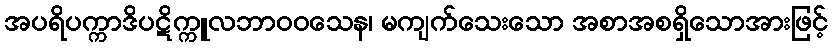
အပရိပက္ကာဒိပဋိက္ကူလဘာဝဝသေန၊ မကျက်သေးသော အစာအစရှိသောအားဖြင့်